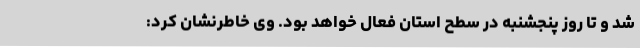
شد و تا روز پنجشنبه در سطح استان فعال خواهد بود. وی خاطرنشان کرد: